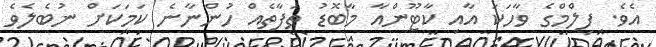
އެވެ. ފިލްމްގެ ވާހަކަ އާއި ކާޓޫންއާ މާބޮޑު ތަފާތެއް ހުންނާނެ ކަމަކަށް ނުބެލެވެ